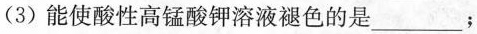
(3)能使酸性高锰酸钾溶液褪色的是___；